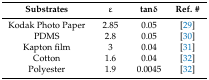
<table><thead><tr><td><b>Substrates</b></td><td><b>ε</b></td><td><b>tanδ</b></td><td><b>Ref. #</b></td></tr></thead><tbody><tr><td>Kodak Photo Paper</td><td>2.85</td><td>0.05</td><td>[29]</td></tr><tr><td>PDMS</td><td>2.8</td><td>0.05</td><td>[30]</td></tr><tr><td>Kapton film</td><td>3</td><td>0.04</td><td>[31]</td></tr><tr><td>Cotton</td><td>1.6</td><td>0.04</td><td>[32]</td></tr><tr><td>Polyester</td><td>1.9</td><td>0.0045</td><td>[32]</td></tr></tbody></table>